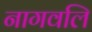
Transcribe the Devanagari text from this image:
नागवलि